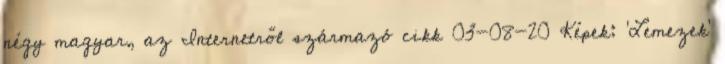
négy magyar, az Internetről származó cikk 03-08-20 Képek: 'Lemezek'